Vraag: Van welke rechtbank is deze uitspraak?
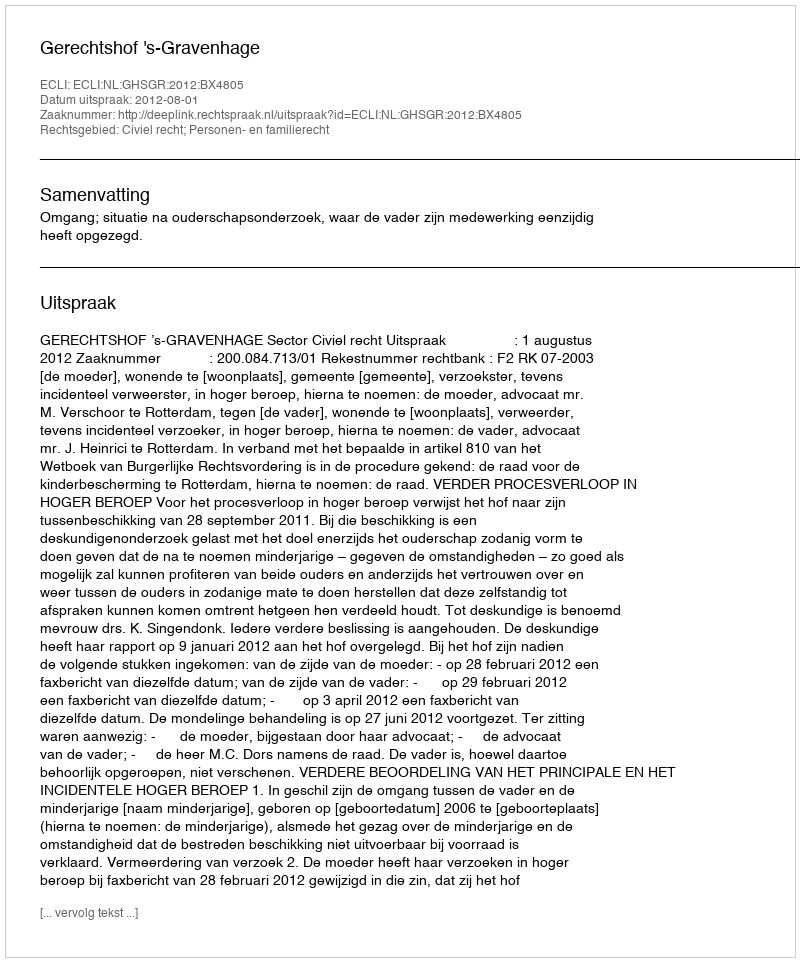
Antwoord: Gerechtshof 's-Gravenhage